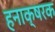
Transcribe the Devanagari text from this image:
हनाक्षरक